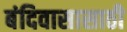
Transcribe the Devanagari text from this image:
बंदिवासासाठी